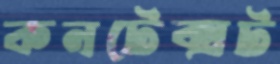
কনটেক্সট